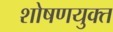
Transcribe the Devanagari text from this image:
शोषणयुक्त